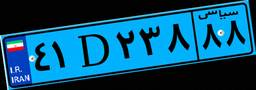
۴۱D۲۳۸۸۸